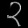
Digit: ၃